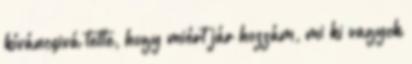
kíváncsivá tette, hogy miért jár hozzám, mi ki vagyok